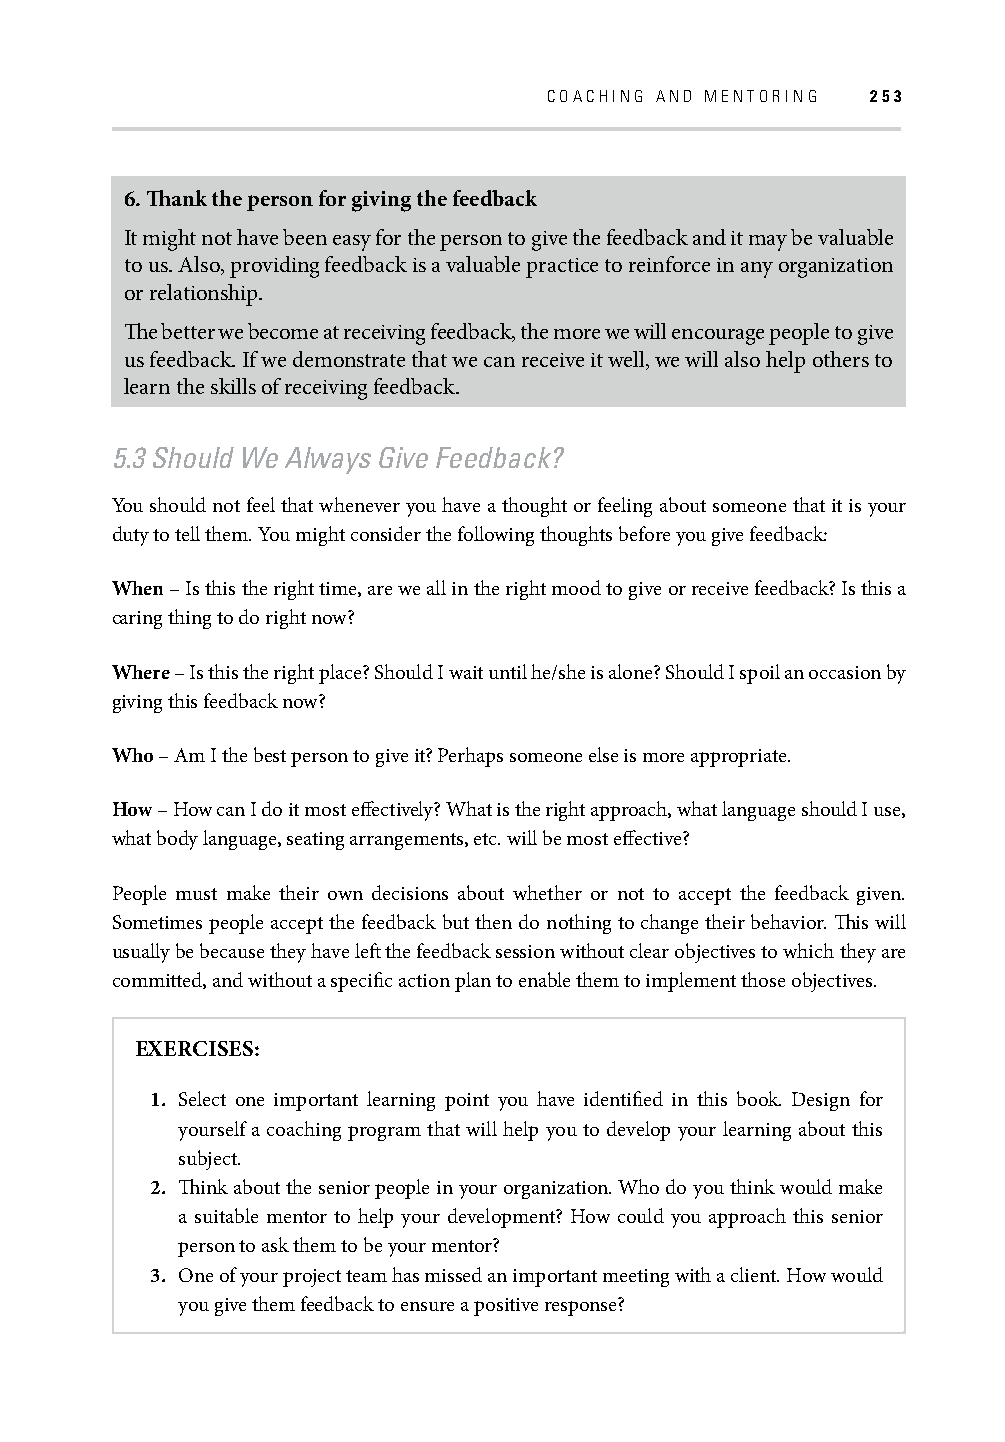
COACHING AND MENTORING 253
 6. Th ank the person for giving the feedback
 It might not have been easy for the person to give the feedback and it may be valuable
 to us. Also, providing feedback is a valuable practice to reinforce in any organization
 or relationship.
 Th e better we become at receiving feedback, the more we will encourage people to give
 us feedback. If we demonstrate that we can receive it well, we will also help others to
 learn the skills of receiving feedback.
 5.3 Should We Always Give Feedback?
 You should not feel that whenever you have a thought or feeling about someone that it is your
 duty to tell them. You might consider the following thoughts before you give feedback:
 When – Is this the right time, are we all in the right mood to give or receive feedback? Is this a
 caring thing to do right now?
 Where – Is this the right place? Should I wait until he/she is alone? Should I spoil an occasion by
 giving this feedback now?
 Who – Am I the best person to give it? Perhaps someone else is more appropriate.
 How – How can I do it most eff ectively? What is the right approach, what language should I use,
 what body language, seating arrangements, etc. will be most eff ective?
 People must make their own decisions about whether or not to accept the feedback given.
 Sometimes people accept the feedback but then do nothing to change their behavior. Th is will
 usually be because they have left the feedback session without clear objectives to which they are
 committed, and without a specifi c action plan to enable them to implement those objectives.
 EXERCISES:
 1. Select one important learning point you have identifi ed in this book. Design for
 yourself a coaching program that will help you to develop your learning about this
 subject.
 2. Th ink about the senior people in your organization. Who do you think would make
 a suitable mentor to help your development? How could you approach this senior
 person to ask them to be your mentor?
 3. One of your project team has missed an important meeting with a client. How would
 you give them feedback to ensure a positive response?